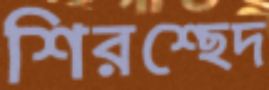
শিরশ্ছেদ